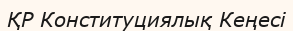
ҚР Конституциялық Кеңесі